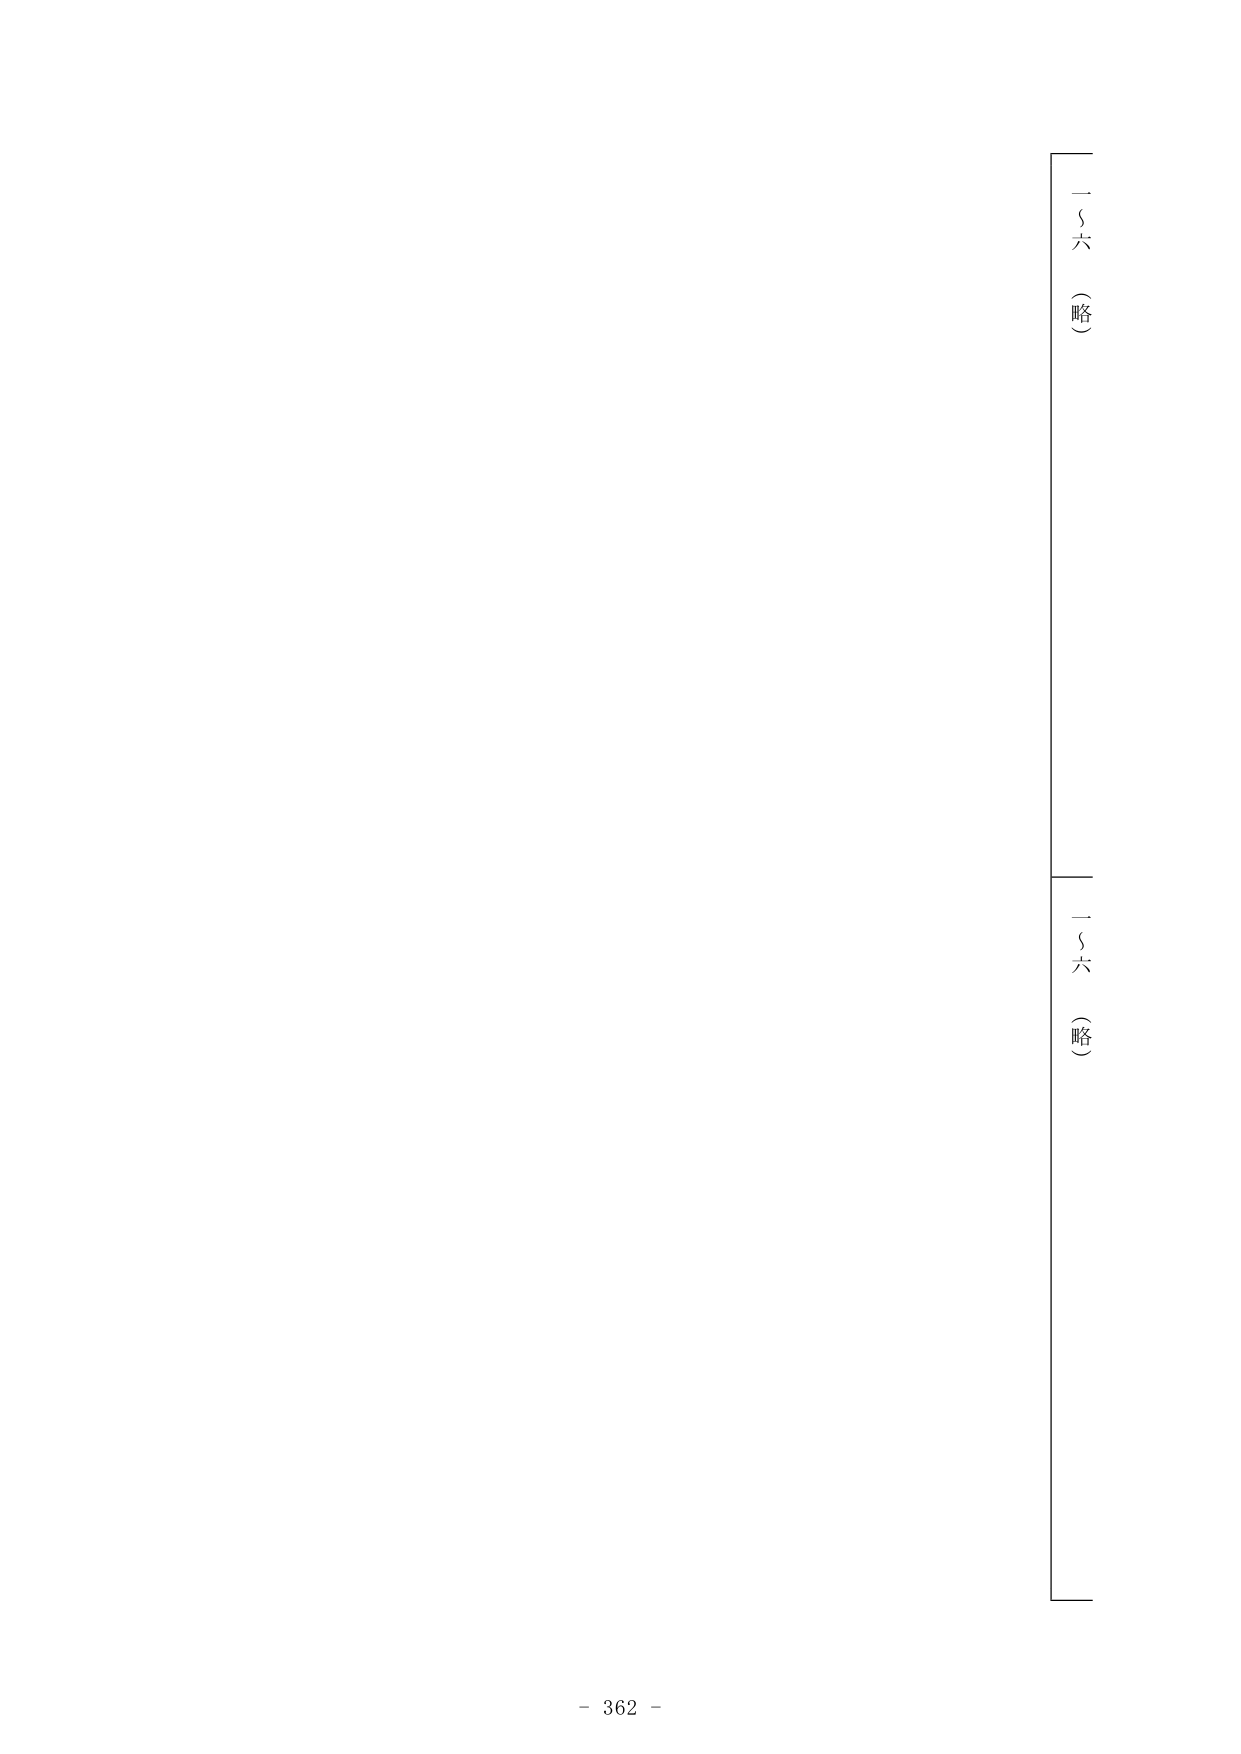
一～六（略）
一～六（略）
- 362 -